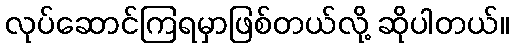
လုပ်ဆောင်ကြရမှာဖြစ်တယ်လို့ ဆိုပါတယ်။